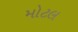
મોટલ